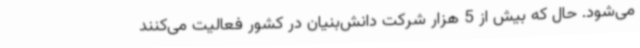
می‌شود. حال که بیش از 5 هزار شرکت دانش‌بنیان در کشور فعالیت می‌کنند